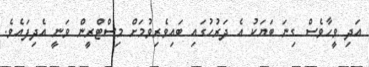
އަދި ވީހާވެސް ގިނަ ބަޔަކު އެ ދަރުހުގައި ބައިވެރިވުމަށް މިިސްޓްރީން ވަނީ އެދިފައެވެ.